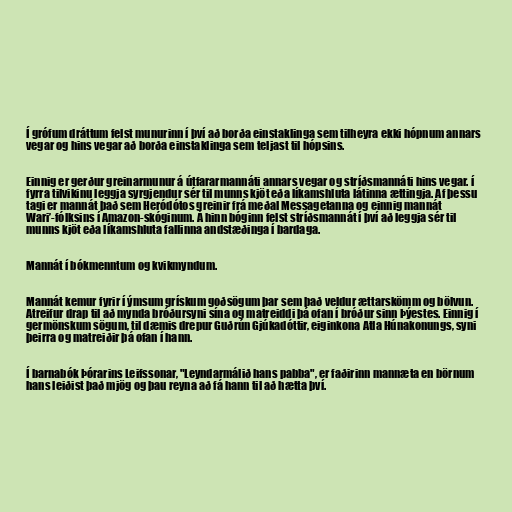
Í grófum dráttum felst munurinn í því að borða einstaklinga sem tilheyra ekki hópnum annars
vegar og hins vegar að borða einstaklinga sem teljast til hópsins.

Einnig er gerður greinarmunur á útfararmannáti annars vegar og stríðsmannáti hins vegar. í
fyrra tilvikinu leggja syrgjendur sér til munns kjöt eða líkamshluta látinna ættingja. Af þessu
tagi er mannát það sem Heródótos greinir frá meðal Messagetanna og einnig mannát
Wari’-fólksins í Amazon-skóginum. Á hinn bóginn felst stríðsmannát í því að leggja sér til
munns kjöt eða líkamshluta fallinna andstæðinga í bardaga.

Mannát í bókmenntum og kvikmyndum.

Mannát kemur fyrir í ýmsum grískum goðsögum þar sem það veldur ættarskömm og bölvun.
Atreifur drap til að mynda bróðursyni sína og matreiddi þá ofan í bróður sinn Þýestes. Einnig í
germönskum sögum, til dæmis drepur Guðrún Gjúkadóttir, eiginkona Atla Húnakonungs, syni
þeirra og matreiðir þá ofan í hann.

Í barnabók Þórarins Leifssonar, "Leyndarmálið hans pabba", er faðirinn mannæta en börnum
hans leiðist það mjög og þau reyna að fá hann til að hætta því.